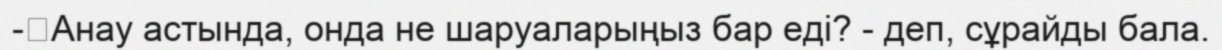
-	Анау астында, онда не шаруаларыңыз бар еді? - деп, сұрайды бала.